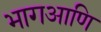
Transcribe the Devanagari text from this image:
भागआणि